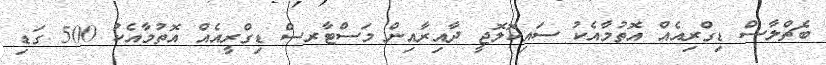
ބެޗްލާސް ޑިގްރިއެއް އޮތުމާއެކު ސައިކޮލޮޖީ ދާއިރާއިން މަސްޓާރސް ޑިގްރީއެއް އޮތުމާއެކު 500 ގަޑި